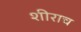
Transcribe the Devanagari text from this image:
शीराच